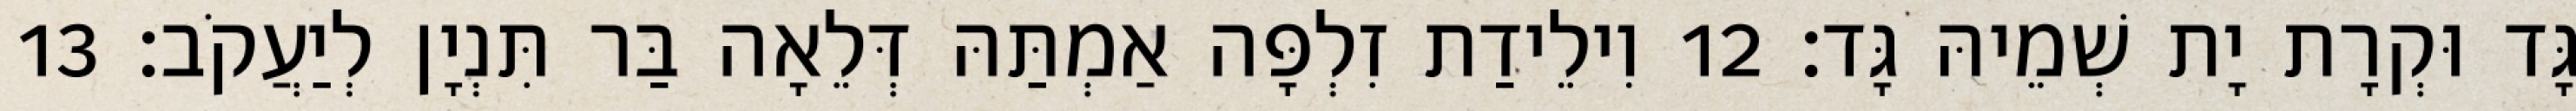
גָּד וּקְרָת יָת שְׁמֵיהּ גָּד׃ 12 וִילֵידַת זִלְפָּה אַמְתַּהּ דְּלֵאָה בַּר תִּנְיָן לְיַעֲקֹב׃ 13